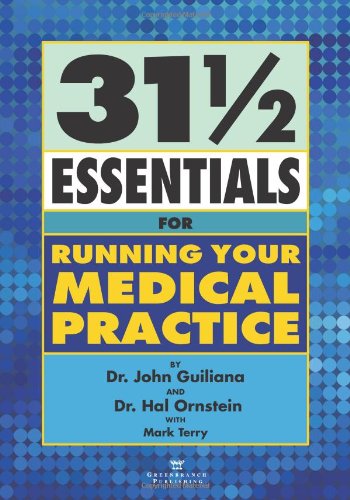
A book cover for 31 1/2 Essentials for Running Your Medical Practice; Dr. John Guiliana; Medical Books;